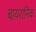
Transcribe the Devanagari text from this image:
बायरानिक